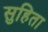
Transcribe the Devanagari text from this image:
सुहिता